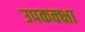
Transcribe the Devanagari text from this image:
उपकक्क्षा